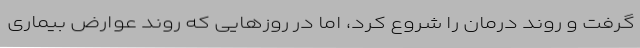
گرفت و روند درمان را شروع کرد، اما در روزهایی که روند عوارض بیماری